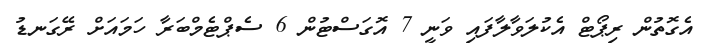
އެގޮތުން ރިޕޯޓް އެކުލަވާލާފައި ވަނީ 7 އޮގަސްޓުން 6 ސެޕްޓެމްބަރާ ހަމައަށް ރޭގަނޑު